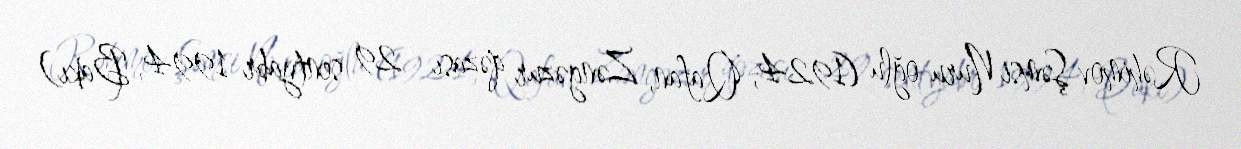
Rəhimov Şəmsi Nuru oğlu (1924, Qafan, Zəngəzur qəzası – 29 sentyabr 1994, Bakı)